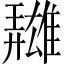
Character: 𩀳